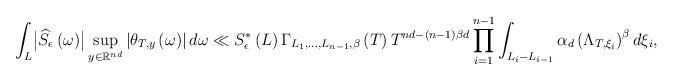
LaTeX: \begin{align*}\int_{L}\bigl|\widehat{S}_{\epsilon}\left(\omega\right)\bigr|\sup_{y\in\mathbb{R}^{nd}}\left|\theta_{T,y}\left(\omega\right)\right|d\omega\ll S_{\epsilon}^{*}\left(L\right)\Gamma_{L_{1},\dots,L_{n-1},\beta}\left(T\right)T^{nd-\left(n-1\right)\beta d}\prod_{i=1}^{n-1}\int_{L_{i}-L_{i-1}}\alpha_{d}\left(\Lambda_{T,\xi_{i}}\right)^{\beta}d\xi_{i},\end{align*}